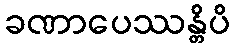
ခဏာပေဿန္တိပိ